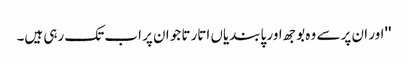
''اور ان پر سے وہ بوجھ اور پابندیاں اتارتا جو ان پر اب تک رہی ہیں۔